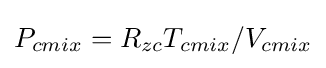
P_{cmix}=R_{zc}T_{cmix}/V_{cmix}